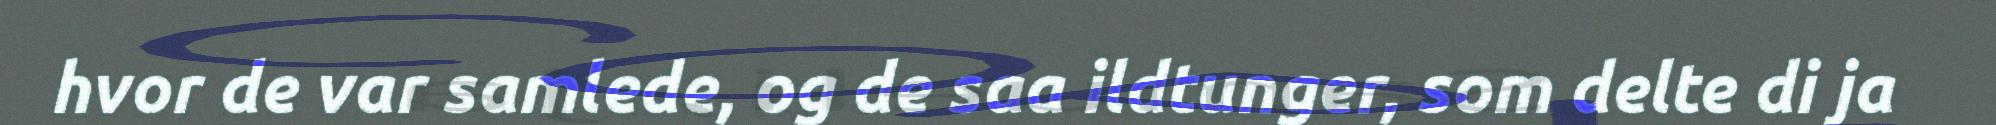
hvor de var samlede, og de saa ildtunger, som delte di ja